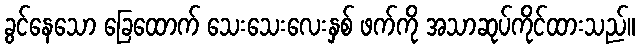
ခွင်နေသော ခြေထောက် သေးသေးလေးနှစ် ဖက်ကို အသာဆုပ်ကိုင်ထားသည်။